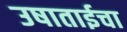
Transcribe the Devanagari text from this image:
उषाताईचा